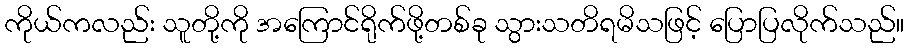
ကိုယ်ကလည်း သူတို့ကို အကြောင်ရိုက်ဖို့တစ်ခု သွားသတိရမိသဖြင့် ပြောပြလိုက်သည်။